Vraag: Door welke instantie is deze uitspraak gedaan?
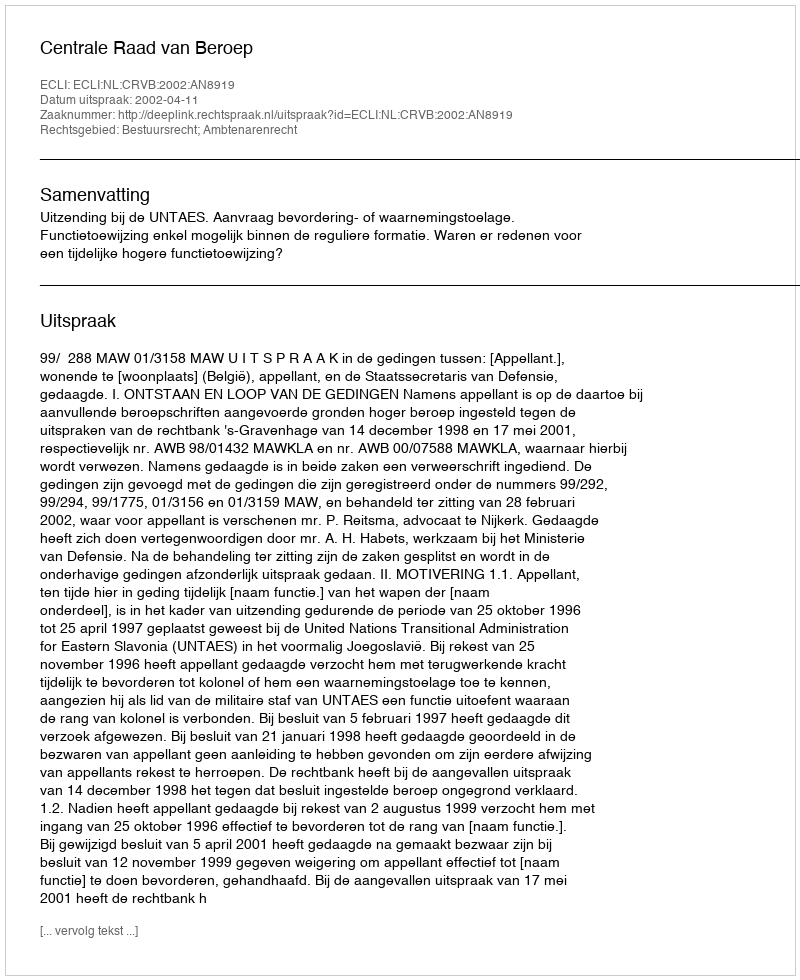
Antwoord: Centrale Raad van Beroep